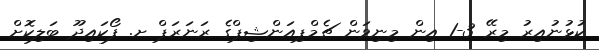
ކުޅުނުއިރު މިރޭ 3-1 އިން މިނިވަން ޗެމްޕިއަންޝިޕްގެ ރަނަރަޕް ށ. ފޯކައިދޫ ބަލިކޮށް